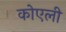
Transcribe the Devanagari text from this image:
कोएली